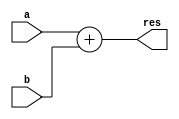
module somador (input [3:0] a,b, output [3:0] res);
	assign res = a + b;
endmodule